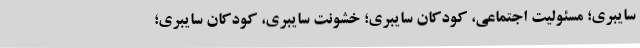
سایبری؛ مسئولیت اجتماعی، کودکان سایبری؛ خشونت سایبری، کودکان سایبری؛